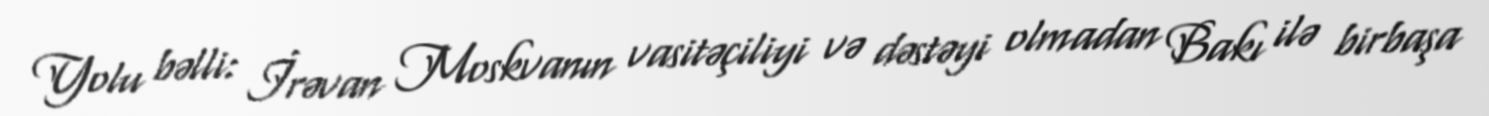
Yolu bəlli: İrəvan Moskvanın vasitəçiliyi və dəstəyi olmadan Bakı ilə birbaşa